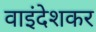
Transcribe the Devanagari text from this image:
वाइंदेशकर